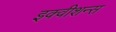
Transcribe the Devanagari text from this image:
इक्‍वीशन्‍स